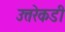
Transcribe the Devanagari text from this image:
उत्तरेकडी